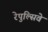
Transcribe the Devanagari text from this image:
रेपुल्सिवे